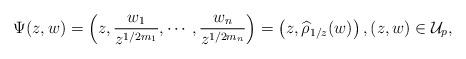
LaTeX: \begin{align*}\Psi(z,w) = \left(z, \frac{w_1}{z^{1/2m_1}},\cdots,\frac{w_n}{z^{1/2m_n}}\right)=\left(z, \widehat{\rho}_{1/z}(w)\right), (z,w) \in \mathcal{U}_p,\end{align*}